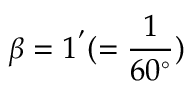
\beta = 1 ^ { ' } ( = \frac { 1 } { 6 0 ^ { \circ } } )